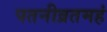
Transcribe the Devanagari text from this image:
पतनीव्रतमहं